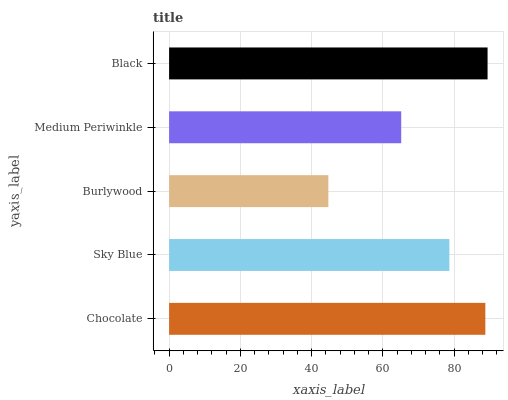
| yaxis_label | bars |
 | --- | --- |
 | Chocolate | 88.8 |
 | Sky Blue | 78.7 |
 | Burlywood | 44.7 |
 | Medium Periwinkle | 65.2 |
 | Black | 89.4 |